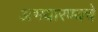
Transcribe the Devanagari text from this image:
अभयारण्यचे